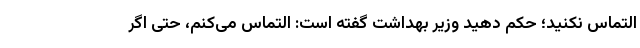
التماس نکنید؛ حکم دهید وزیر بهداشت گفته است: التماس می‌کنم، حتی اگر